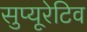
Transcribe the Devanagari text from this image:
सुप्यूरेटिव